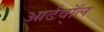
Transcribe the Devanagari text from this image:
आर्टवॉल